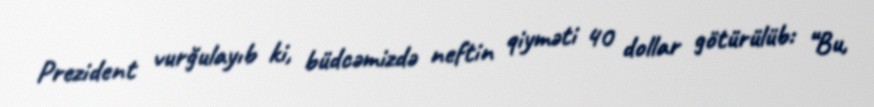
Prezident vurğulayıb ki, büdcəmizdə neftin qiyməti 40 dollar götürülüb: “Bu,